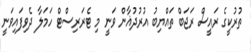
ތުރުކީގެ ރައީސް ރަޖަބް ތައްޔިބު އުރުދުޣާން ވަނީ މި ޓެރަރިސްޓް ހަމަލާ ދެވިފައިވަނީ